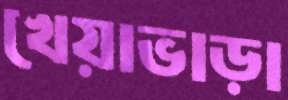
খেয়াভাড়া